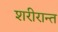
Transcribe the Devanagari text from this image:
शरीरान्त